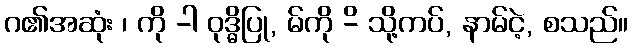
ဂ၏အဆုံး ၊ ကို -ါ ဝုဒ္ဓိပြု, မ်ကို -ိ သို့ကပ်, နာမ်ငဲ့, စသည်။